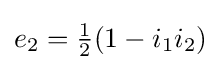
e_{2}={\tfrac {1}{2}}(1-i_{1}i_{2})